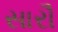
સારૌ